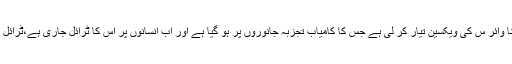
لیکن اب امریکہ سے ایک مثبت خبر سامنے آئی ہے کہ انہوں نے کرونا وائر س کی ویکسین تیار کر لی ہے جس کا کامیاب تجزبہ جانوروں پر ہو گیا ہے اور اب انسانوں پر اس کا ٹرائل جاری ہے،ٹرائل مکمل ہونے کے بعد چند ہفتوں میں ویکسین مارکیٹ میں موجود ہو گی۔